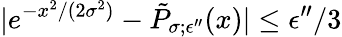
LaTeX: |e^{-x^{2}/(2\sigma^{2})}-\tilde{P}_{\sigma;\epsilon^{\prime\prime}}(x)|\le\epsilon^{\prime\prime}/3